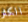
الكثر